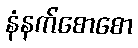
နံနက်စောစော